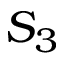
S _ { 3 }